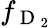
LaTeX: f_{\mathrm{~D~}_{2}}